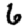
Digit: 6